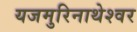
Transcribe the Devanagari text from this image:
यजमुरिनाथेश्‍वर